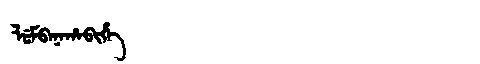
Manchu: ᠯᡠᠮᠪᠠᠨᠠᡥᠠᠪᡳᡥᡝ
Romanization: LUMBANAHABIHE